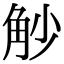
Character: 觘